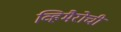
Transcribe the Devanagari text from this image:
व्हिमैरोची